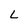
Character: L